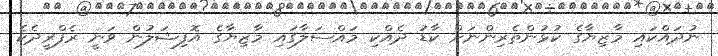
ނުދައްކައި މާޒިޔާގެ ކުޅުންތެރިންނަށް ކާޑު ދެއްކި މައްސަލާގައި މާޒިޔާގެ އޮފިޝަލުން ވަނީ ރެފްރީދެކެ